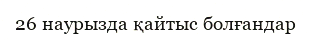
26 наурызда қайтыс болғандар